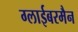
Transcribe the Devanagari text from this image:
ग्लाईबरमैन